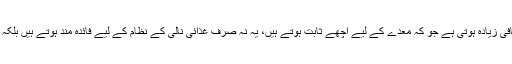
دہیمیں بیکٹریا یا پرو بائیو ٹکس کی مقدار کافی زیادہ ہوتی ہے جو کہ معدے کے لیے اچھے ثابت ہوتے ہیں، یہ نہ صرف غذائی نالی کے نظام کے لیے فائدہ مند ہوتے ہیں بلکہ آنتوں کی کارکردگی کو بھی بہتر بناتے ہیں۔